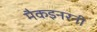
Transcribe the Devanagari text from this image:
मैकइनरनी